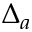
\Delta _ { a }